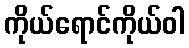
ကိုယ်ရောင်ကိုယ်ဝါ